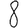
Digit: 8